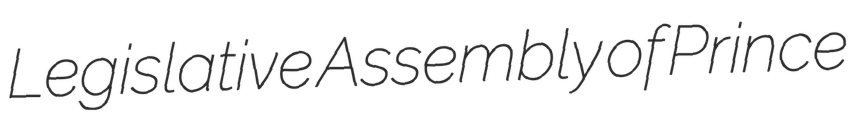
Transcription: Legislative Assembly of Prince